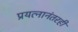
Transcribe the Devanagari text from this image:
प्रयत्नानंतरही